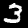
Digit: 3